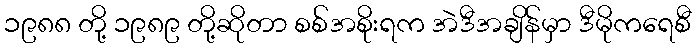
၁၉၈၈ တို့ ၁၉၈၉ တို့ဆိုတာ စစ်အစိုးရက အဲဒီအချိန်မှာ ဒီမိုကရေစီ